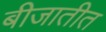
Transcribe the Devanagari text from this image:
बीजातीत